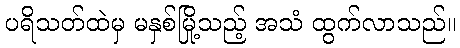
ပရိသတ်ထဲမှ မနှစ်မြို့သည့် အသံ ထွက်လာသည်။